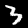
Digit: 3